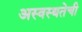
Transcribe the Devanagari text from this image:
अस्वस्थतेची